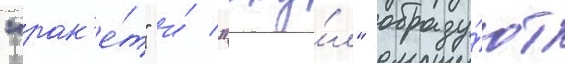
"рак'е́т" и́ "аку́л" образу́ют